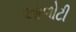
આળોટી